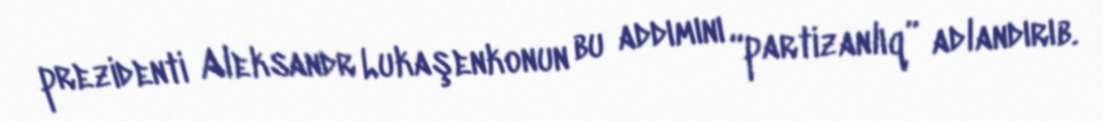
prezidenti Aleksandr Lukaşenkonun bu addımını “partizanlıq” adlandırıb.